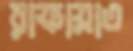
রাফায়াত